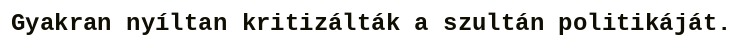
Gyakran nyíltan kritizálták a szultán politikáját.